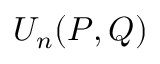
U _ { n } ( P , Q )